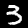
Digit: 3